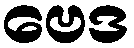
ဗေဒ